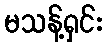
မသန့်ရှင်း